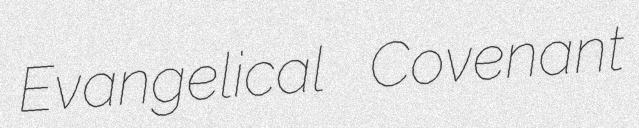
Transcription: Evangelical Covenant